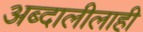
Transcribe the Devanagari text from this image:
अब्दालीलाही